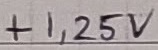
Text: +1,25V